Report on the working of the Ranchi Indian Mental Hospital, Kanke, in Bihar and Orissa - 1930-1940
Year: 1930
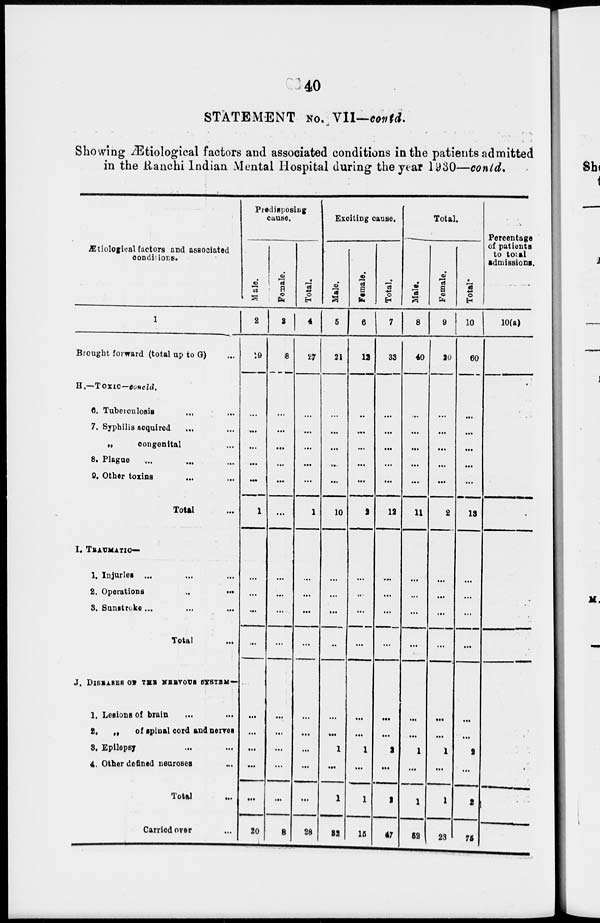
40
STATEMENT NO. VII—contd.
Showing Ætiological factors and associated conditions in the patients admitted
in the Ranchi Indian Mental Hospital during the year 1930—contd.
Ætiological factors and associated
conditions.
1
Brought forward (total up to G) ...
H.—TOXIC—concld.
6. Tuberculosis ... ...
7. Syphilis acquired ... ...
„
congenital ...
8. Plague
9. Other toxins
Total ...
I. TRAUMATIC—
1. Injuries ... ... ...
2. Operations...
...
3. Sunstroke ... ... ...
Total ...
J. DISEASES OF THE NERVOUS SYSTEM—
1. Lesions of brain
2.
„
of spinal cord and news
3. Epilepsy ... ...
4. Other defined neuroses ...
Total ...
Carried oyer ...
Predisposing
cause.
Male.
2
19
...
...
...
...
...
1
...
...
...
...
...
...
...
...
...
20
Female.
3
8
...
...
...
...
...
...
...
...
...
...
...
...
...
...
...
8
Total.
4
27
...
...
...
...
...
1
...
...
...
...
...
...
...
...
...
28
Exciting cause.
Male.
5
21
...
...
...
...
...
10
...
...
...
...
...
...
1
...
1
32
Female.
6
12
...
...
...
...
...
2
...
...
...
...
...
...
1
...
1
15
Total.
7
33
...
...
...
...
...
12
...
...
...
...
...
...
2
...
2
47
Total.
Male.
8
40
...
...
...
...
...
11
...
...
...
...
...
...
1
...
1
52
Female.
9
20
...
...
...
...
...
2
...
...
...
...
...
...
1
...
1
23
Total.
10
60
...
...
...
...
...
18
...
...
...
...
...
...
2
...
2
75
Percentage
of patients
to total
admissions.
10(a)